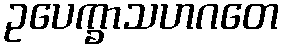
ဥပေက္ခာသဟဂတေ